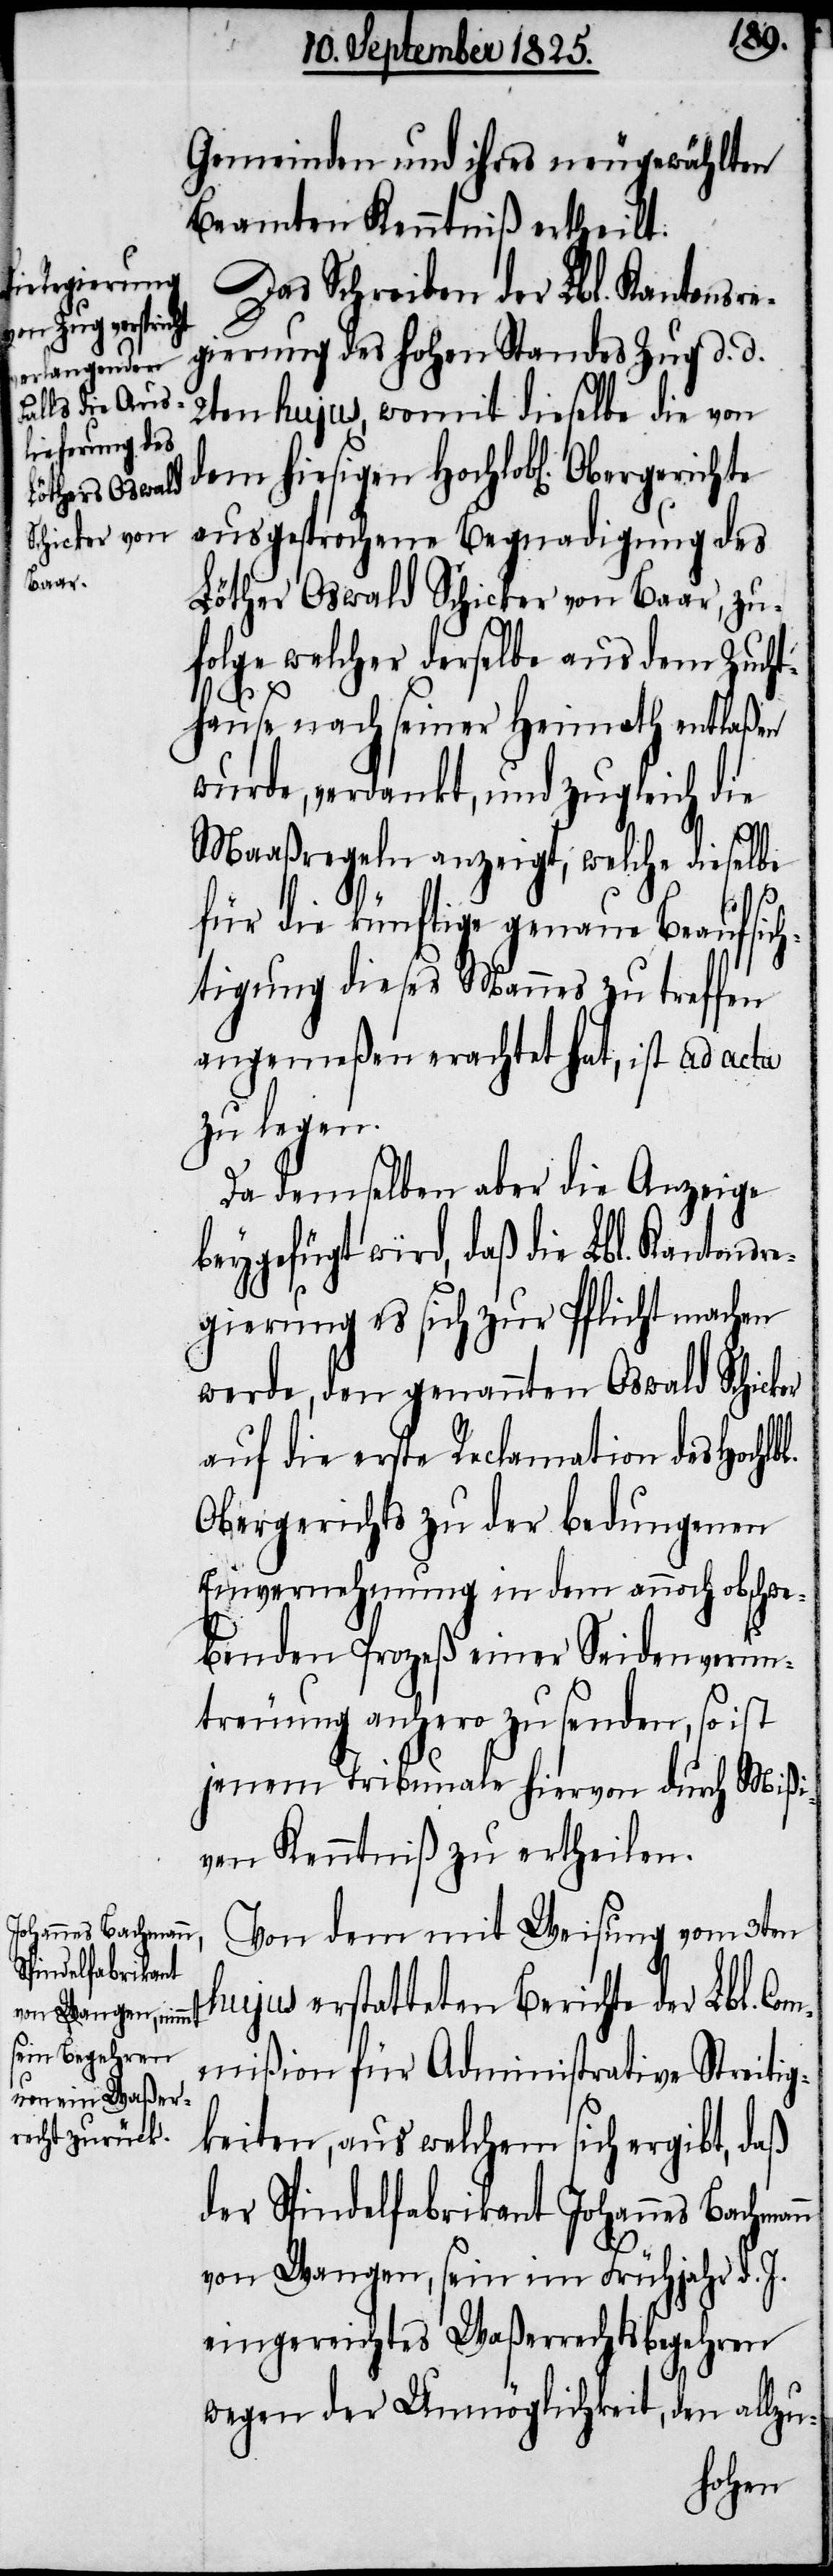
Obergerichte

n
Gemeinden und ihres neugewählten
Beamten Kenntniß ertheilt.
Das Schreiben der Lbl. Kantonsre¬
gierung des hohen Standes Zug d. d.
2ten hujus, womit dieselbe die von
ausgesprochene Begnadigung des
Löther Oswald Schicker von Baar, zu¬
folge welcher derselbe aus dem Zucht¬
l.
hause nach seiner Heimath entlaßen
wurde, verdankt, und zugleich die
Maaßregeln anzeigt, welche dieselbe
für die künftige genaue Beaufsich¬
tigung dieses Mannes zu treffen
angemeßen erachtet hat, ist ad acta
zu legen.
Da demselben aber die Anzeige
beygefügt wird, daß die Lbl. Kantonsr¬
egierung es sich zur Pflicht machen
werde, den genannten Oswald Schicker
auf die erste Reclamation des Hochlb¬
Obergerichts zu der bedungenen
Einvernehmung in dem annoch obschwe¬
benden Prozeß einer Seidenverun¬
treuung anhero zu senden, so ist
jenem Tribunale hiervon durch Mißi¬
ven Kenntniß zu ertheilen.
Von dem mit Weisung vom 3ten
hujus erstatteten Berichte der Lbl. Com¬
mißion für Administrative Streitig¬
keiten, aus welchem sich ergibt, daß
der Spindelfabrikant Johannes Bachman¬
von Wangen, sein im Frühjahr d. J.
eingereichtes Waßerrechtsbegehren
wegen der Unmöglichkeit, den allzu-